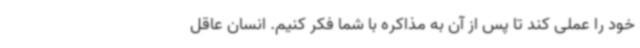
خود را عملی کند تا پس از آن به مذاکره با شما فکر کنیم. انسان عاقل